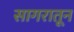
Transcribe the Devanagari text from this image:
सागरातून